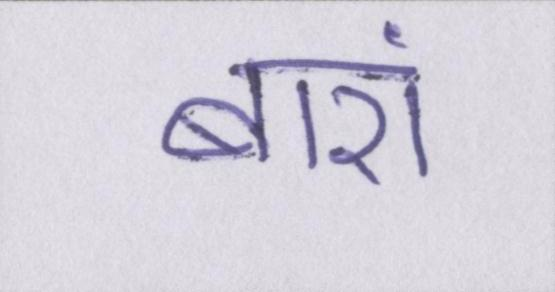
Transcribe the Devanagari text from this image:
बारां